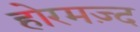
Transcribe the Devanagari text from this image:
होरमज़्द